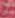
لذا